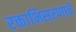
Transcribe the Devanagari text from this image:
रक्ताभिसरणाचे